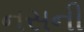
નસની